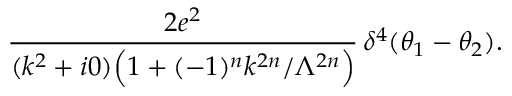
\frac { 2 e ^ { 2 } } { ( k ^ { 2 } + i 0 ) \Big ( 1 + ( - 1 ) ^ { n } k ^ { 2 n } / \Lambda ^ { 2 n } \Big ) } \, \delta ^ { 4 } ( \theta _ { 1 } - \theta _ { 2 } ) .